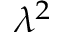
\lambda ^ { 2 }